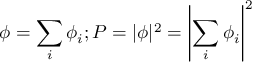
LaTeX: \phi = \sum _ { i } \phi _ { i } ; P = | \phi | ^ { 2 } = \left| \sum _ { i } \phi _ { i } \right| ^ { 2 }